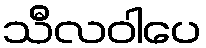
သီလဝါပေ